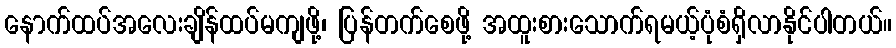
နောက်ထပ်အလေးချိန်ထပ်မကျဖို့၊ ပြန်တက်စေဖို့ အထူးစားသောက်ရမယ့်ပုံစံရှိလာနိုင်ပါတယ်။